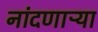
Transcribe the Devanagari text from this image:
नांदणाऱ्या